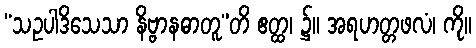
“သဥပါဒိသေသာ နိဗ္ဗာနဓာတူ”တိ ဧတ္ထ၊ ၌။ အရဟတ္တဖလံ၊ ကို။